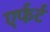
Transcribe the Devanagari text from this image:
एर्फर्ट